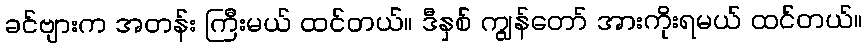
ခင်ဗျားက အတန်း ကြီးမယ် ထင်တယ်။ ဒီနှစ် ကျွန်တော် အားကိုးရမယ် ထင်တယ်။